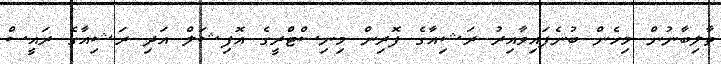
ތާލިބާނުން މިހެން ބުނެފައިވާއިރު ރަޝިއާގެ ފޮރިން މިނިސްޓްރީގެ އޮފިޝަލް އަދި ރަޝިއާގެ ރައީސް